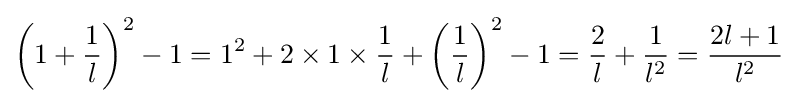
\left(1+{\frac {1}{l}}\right)^{2}-1=1^{2}+2\times 1\times {\frac {1}{l}}+\left({\frac {1}{l}}\right)^{2}-1={\frac {2}{l}}+{\frac {1}{l^{2}}}={\frac {2l+1}{l^{2}}}